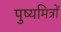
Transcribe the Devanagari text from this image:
पुष्यमित्रों